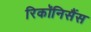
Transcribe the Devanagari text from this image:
रिकॉनिसैंस